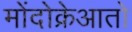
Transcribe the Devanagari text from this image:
मोंदोक्रेआतो